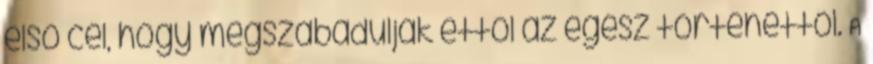
első cél, hogy megszabaduljak ettől az egész történettől. A